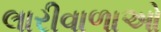
લારીવાળાઓ